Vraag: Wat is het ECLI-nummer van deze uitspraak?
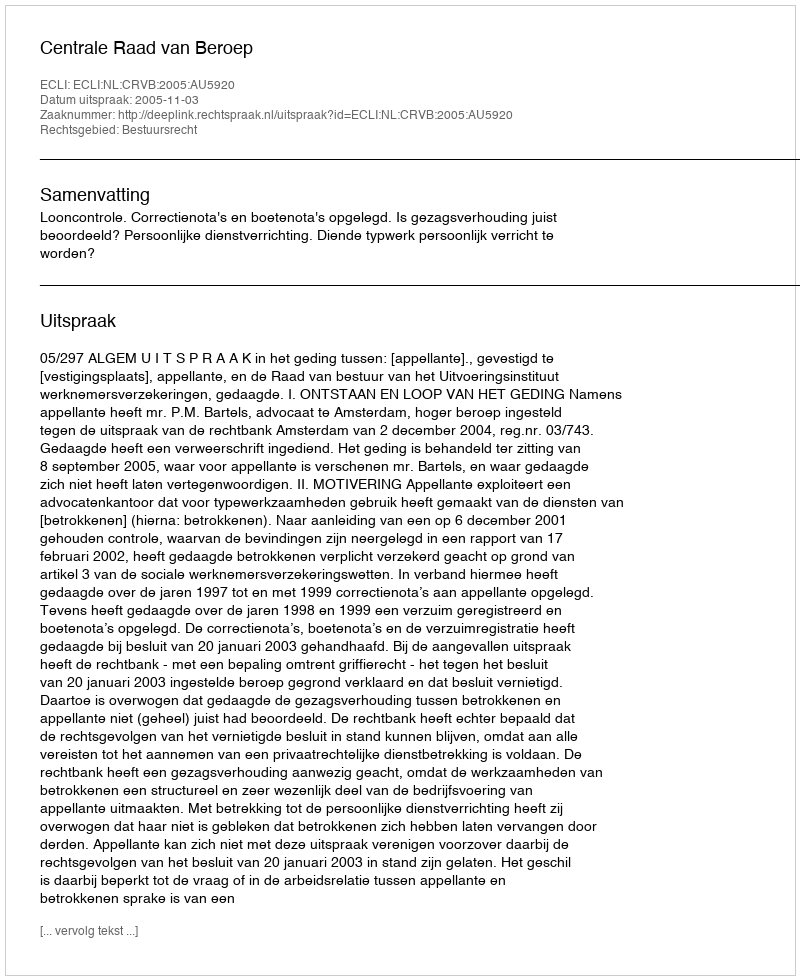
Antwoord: ECLI:NL:CRVB:2005:AU5920